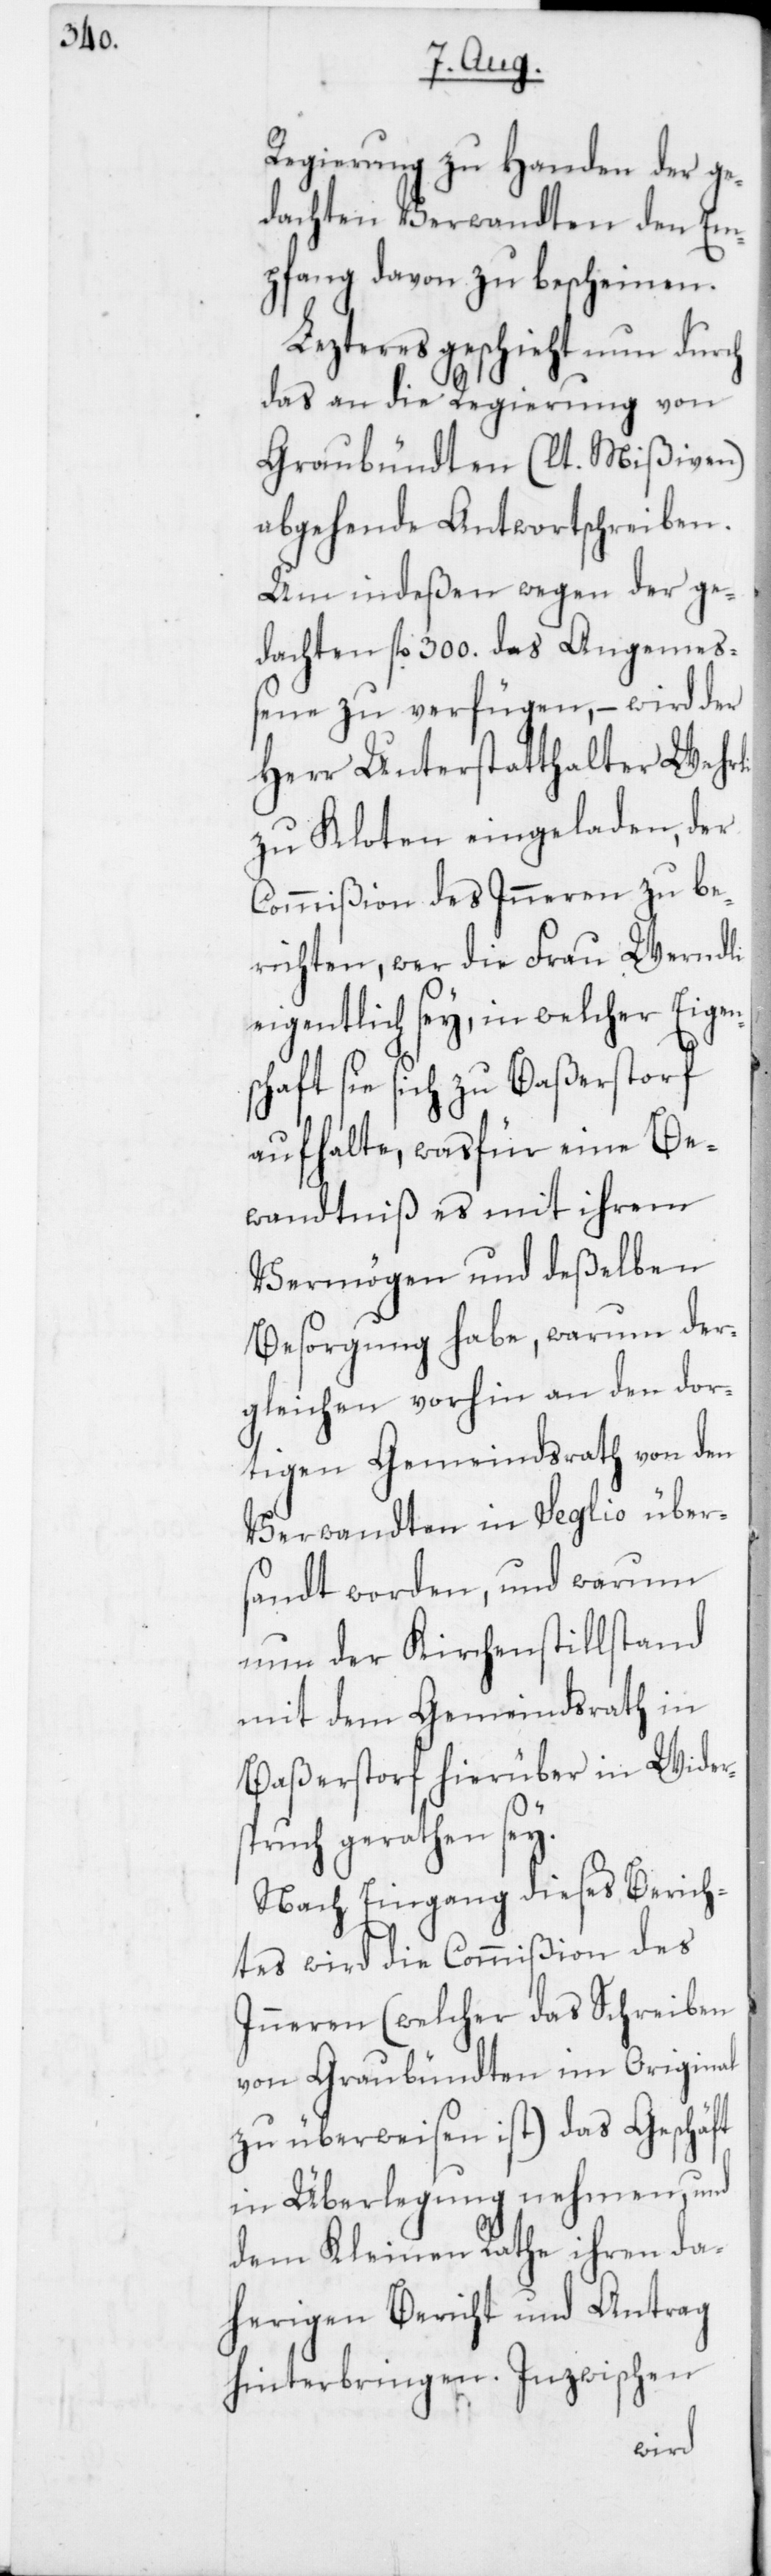
Regierung zu Handen der ge¬
dachten Verwandten den Em¬
pfang davon zu bescheinen.
Lezteres geschieht nun durch
das an die Regierung von
Graubündten (lt. Mißiven)
abgehende Antwortschreiben.
Um indeßen wegen der ge¬
dachten fl. 300. das Angemeß¬
ene zu verfügen, – wird der
Herr Unterstatthalter Wehrli
zu Kloten eingeladen, der
Commißion des Inneren zu be¬
richten, wer die Frau Werndli
eigentlich sey, in welcher Eigens¬
chaft sie sich zu Baßerstorf
aufhalte, wasfür eine Be¬
wandtniß es mit ihrem
Vermögen und deßelben
Besorgung habe, warum der¬
gleichen vorhin an den dor¬
tigen Gemeindrath von den
Verwandten in Seglio über¬
sandt worden, und warum
nun der Kirchenstillstand
mit dem Gemeindrath in
Baßerstorf hierüber in Wider¬
spruch gerathen sey.
Nach Eingang dieses Berich¬
tes wird die Commißion des
Inneren (welcher das Schreiben
von Graubündten im Original
zu überweisen ist) das Geschäft
in Überlegung nehmen, und
dem Kleinen Rathe ihren da¬
herigen Bericht und Antrag
hinterbringen. Inzwischen